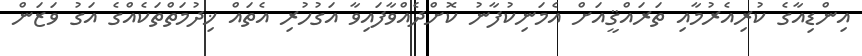
އިންޑިއާގެ ކުރިއެރުމާއި ތަރައްޤީއަށް އެމަނިކުފާނު ކޮށްދެއްވާފައިވާ އަގުހުރި އެތައް ޚިދުމަތްތަކެއްގެ އަގު ވަޒަން